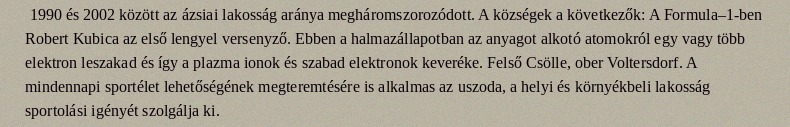
1990 és 2002 között az ázsiai lakosság aránya megháromszorozódott. A községek a következők: A Formula–1-ben Robert Kubica az első lengyel versenyző. Ebben a halmazállapotban az anyagot alkotó atomokról egy vagy több elektron leszakad és így a plazma ionok és szabad elektronok keveréke. Felső Csölle, ober Voltersdorf. A mindennapi sportélet lehetőségének megteremtésére is alkalmas az uszoda, a helyi és környékbeli lakosság sportolási igényét szolgálja ki.